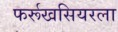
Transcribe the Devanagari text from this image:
फर्रूखसियरला